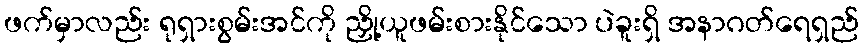
ဖက်မှာလည်း ရုရှားစွမ်းအင်ကို ညှို့ယူဖမ်းစားနိုင်သော ပဲခူးရှိ အနာဂတ်ရေရှည်